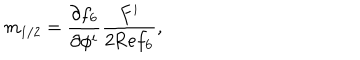
m _ { 1 / 2 } = \frac { \partial f _ { 6 } } { \partial \phi ^ { i } } \frac { F ^ { i } } { 2 \mathrm { R e } f _ { 6 } } ,